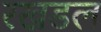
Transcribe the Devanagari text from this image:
रखडल